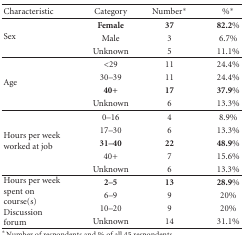
<table><thead><tr><td><b>Characteristic</b></td><td><b>Category</b></td><td><b>Number*</b></td><td><b>%*</b></td></tr></thead><tbody><tr><td rowspan="3">Sex</td><td><b>Female</b></td><td><b>37</b></td><td><b>82.2%</b></td></tr><tr><td>Male</td><td>3</td><td>6.7%</td></tr><tr><td>Unknown</td><td>5</td><td>11.1%</td></tr><tr><td rowspan="4">Age</td><td>&lt;29</td><td>11</td><td>24.4%</td></tr><tr><td>30–39</td><td>11</td><td>24.4%</td></tr><tr><td><b>40+</b></td><td><b>17</b></td><td><b>37.9%</b></td></tr><tr><td>Unknown</td><td>6</td><td>13.3%</td></tr><tr><td rowspan="5">Hours per week worked at job</td><td>0–16</td><td>4</td><td>8.9%</td></tr><tr><td>17–30</td><td>6</td><td>13.3%</td></tr><tr><td><b>31–40</b></td><td><b>22</b></td><td><b>48.9%</b></td></tr><tr><td>40+</td><td>7</td><td>15.6%</td></tr><tr><td>Unknown</td><td>6</td><td>13.3%</td></tr><tr><td rowspan="4">Hours per week spent on course(s) Discussion forum</td><td><b>2–5</b></td><td><b>13</b></td><td><b>28.9%</b></td></tr><tr><td>6–9</td><td>9</td><td>20%</td></tr><tr><td>10–20</td><td>9</td><td>20%</td></tr><tr><td>Unknown</td><td>14</td><td>31.1%</td></tr></tbody></table>